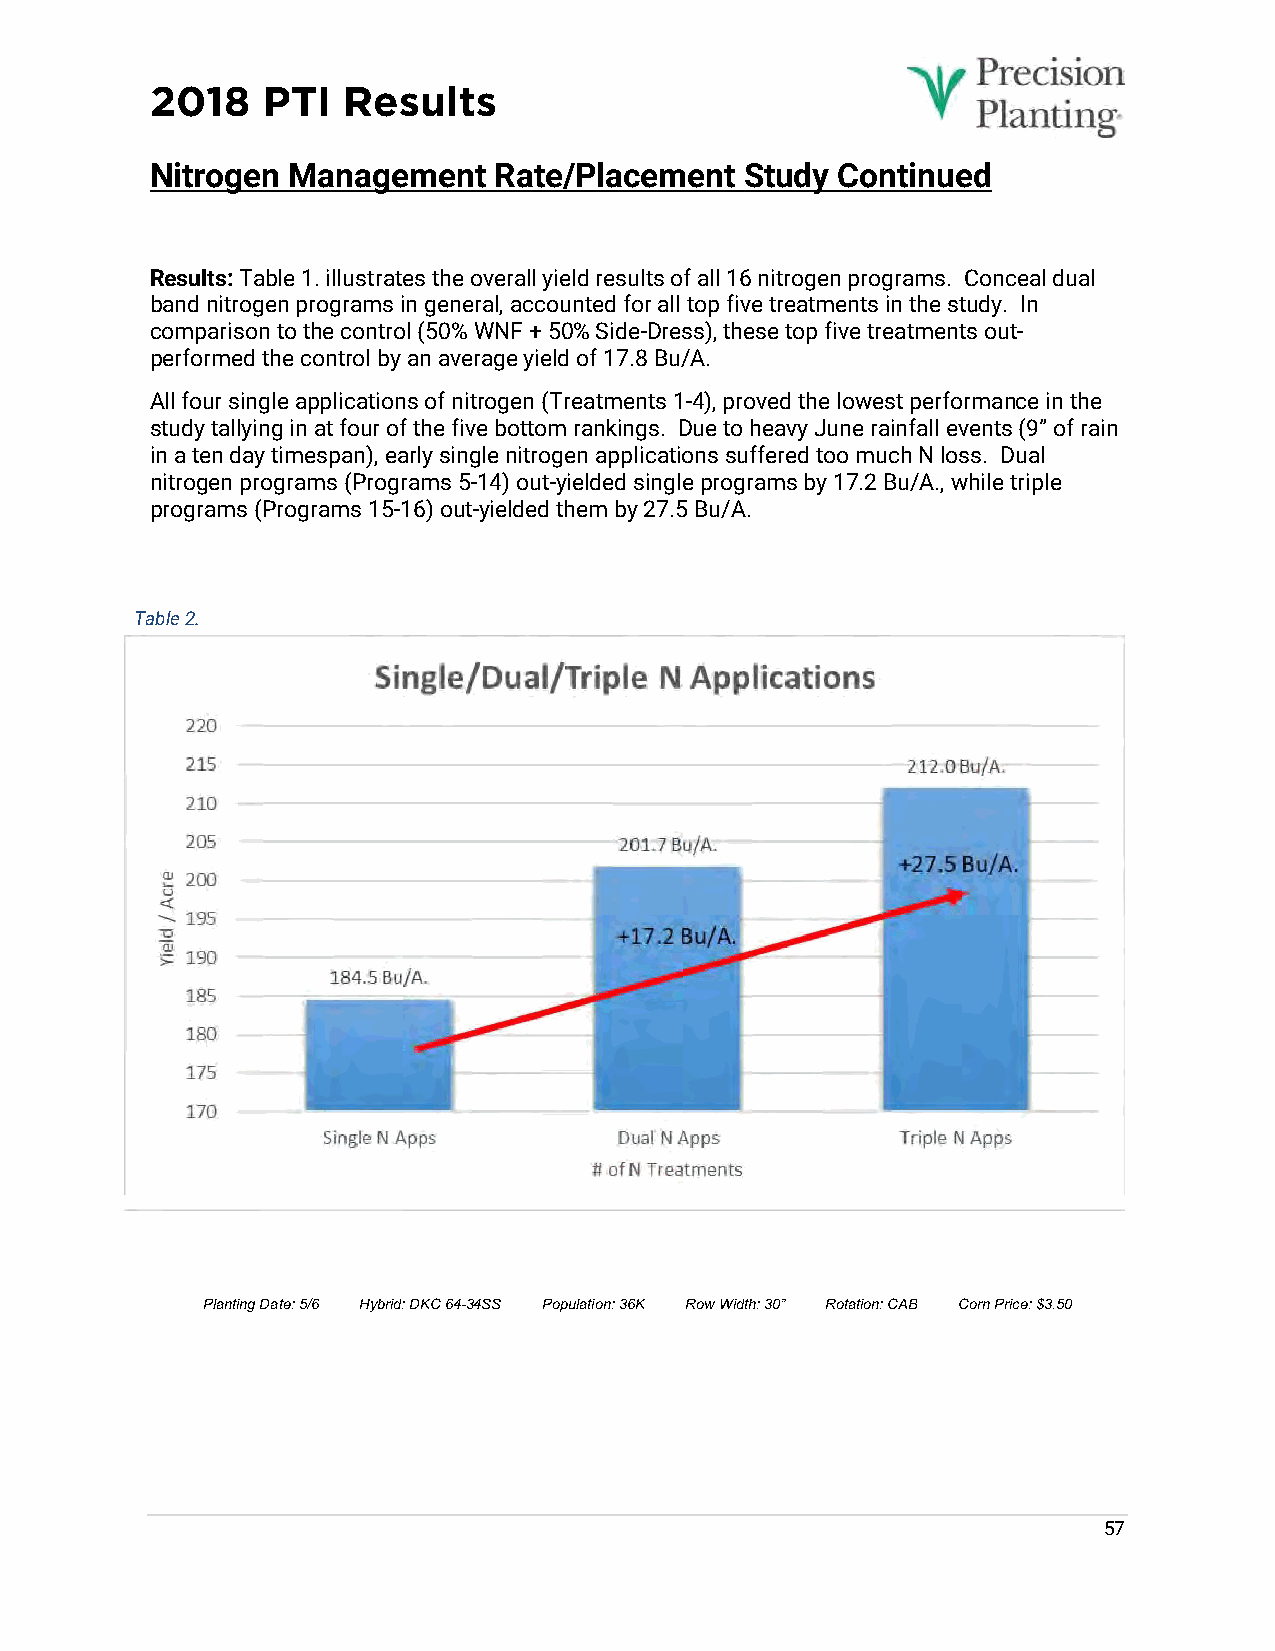
2018   PTI   Results
 Nitrogen Management    Rate/Placement  Study  Continued
 Results: Table 1. illustrates the overall yield results of all 16 nitrogen programs. Conceal dual
 band nitrogen programs in general, accounted for all top five treatments in the study. In
 comparison to the control (50% WNF + 50% Side-Dress), these top five treatments out-
 performed the control by an average yield of 17.8 Bu/A.
 All four single applications of nitrogen (Treatments 1-4), proved the lowest performance in the
 study tallying in at four of the five bottom rankings. Due to heavy June rainfall events (9” of rain
 in a ten day timespan), early single nitrogen applications suffered too much N loss. Dual
 nitrogen programs (Programs 5-14) out-yielded single programs by 17.2 Bu/A., while triple
 programs (Programs 15-16) out-yielded them by 27.5 Bu/A.
 Table 2.
 Planting Date: 5/6 Hybrid: DKC 64-34SS Population: 36K Row Width: 30” Rotation: CAB Corn Price: $3.50
 57